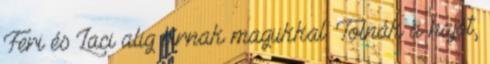
Feri és Laci alig bírnak magukkal. Tolnák a hajót,